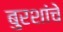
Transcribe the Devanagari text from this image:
बुरशांचे